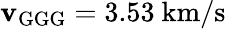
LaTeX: \mathbf{v}_{\mathrm{{GGG}}}=3.53~\mathrm{{km/s}}